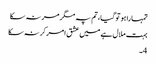
تمہارا ہو تو گیا، تم پہ مگر مر نہ سکا
بہت ملال ہے میں عشق امر کر نہ سکا
4۔